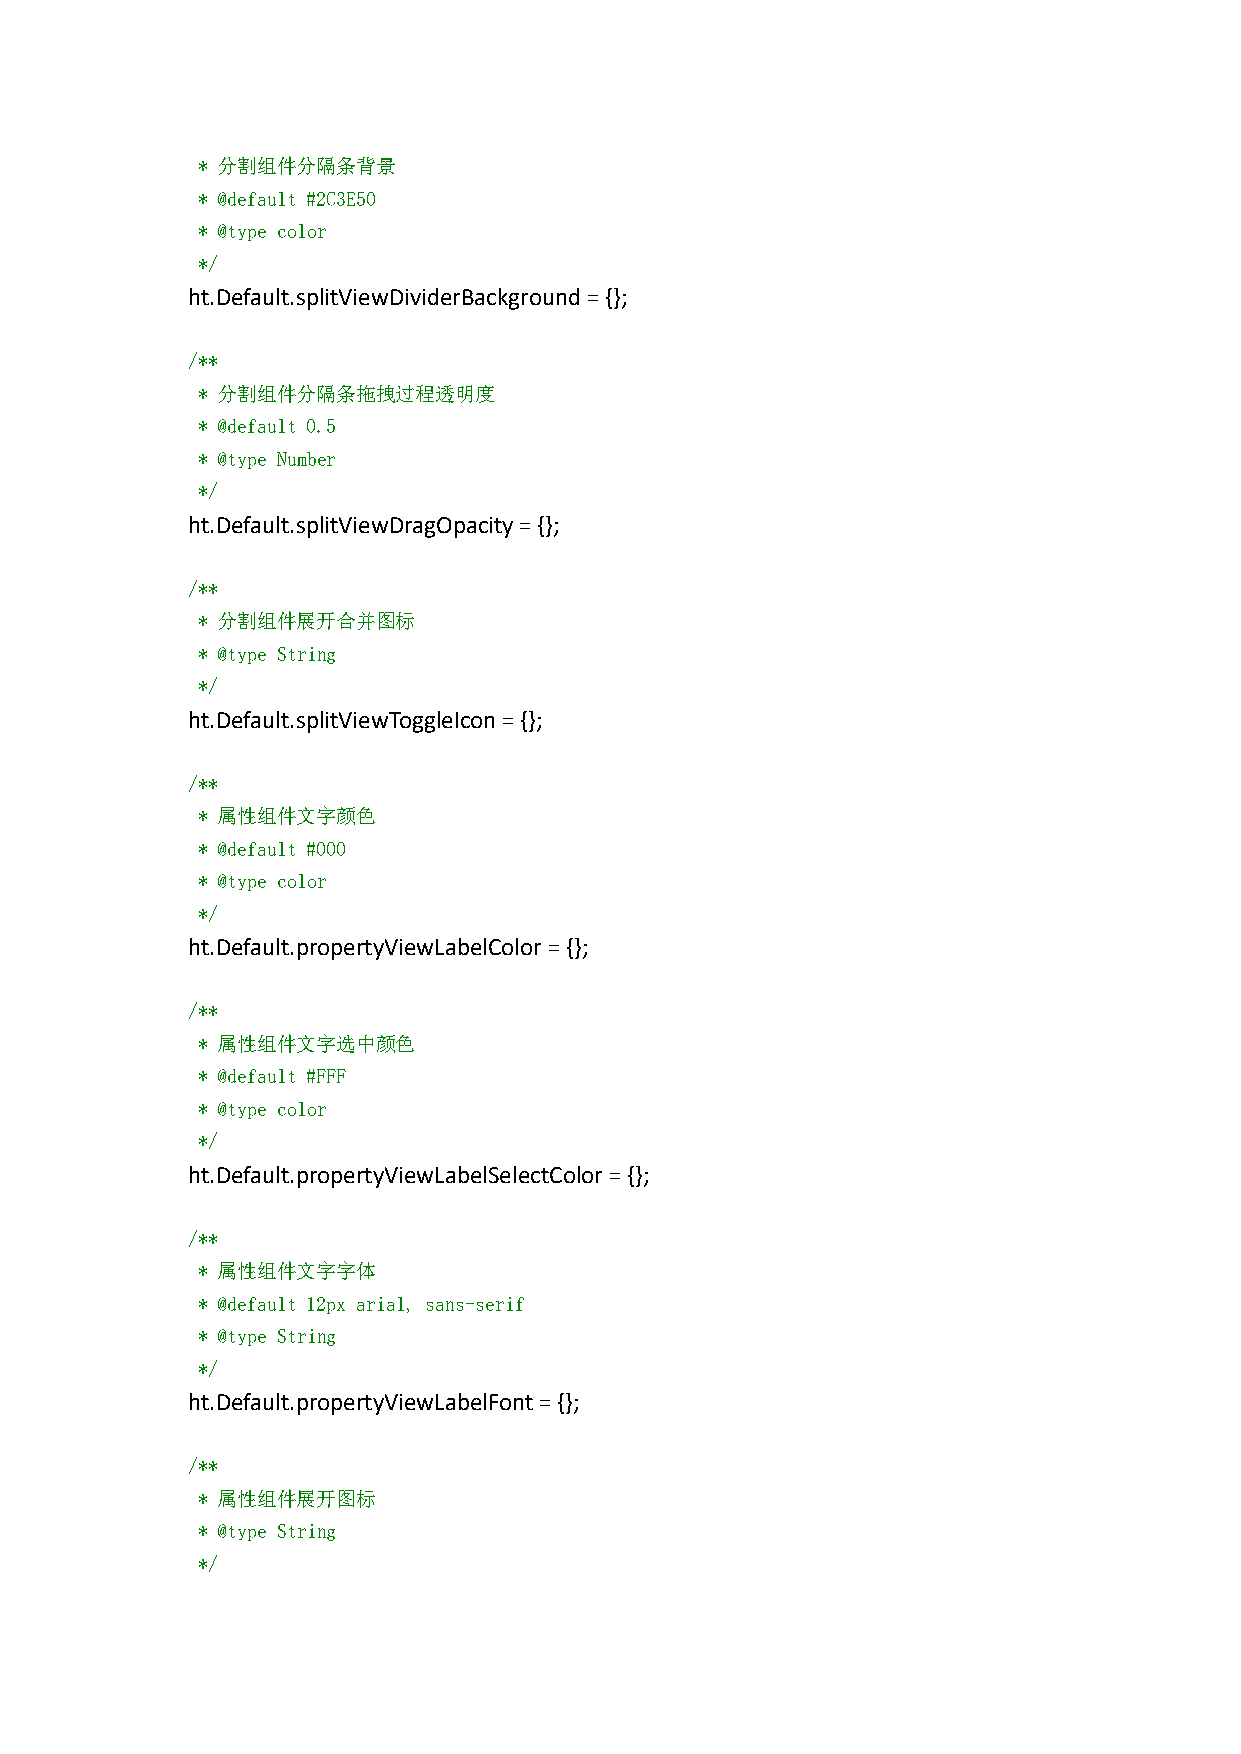
* 分割组件分隔条背景
 * @default #2C3E50
 * @type color
 */
 ht.Default.splitViewDividerBackground={};
 /**
 * 分割组件分隔条拖拽过程透明度
 * @default 0.5
 * @type Number
 */
 ht.Default.splitViewDragOpacity={};
 /**
 * 分割组件展开合并图标
 * @type String
 */
 ht.Default.splitViewToggleIcon={};
 /**
 * 属性组件文字颜色
 * @default #000
 * @type color
 */
 ht.Default.propertyViewLabelColor={};
 /**
 * 属性组件文字选中颜色
 * @default #FFF
 * @type color
 */
 ht.Default.propertyViewLabelSelectColor={};
 /**
 * 属性组件文字字体
 * @default 12px arial, sans-serif
 * @type String
 */
 ht.Default.propertyViewLabelFont={};
 /**
 * 属性组件展开图标
 * @type String
 */